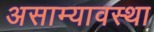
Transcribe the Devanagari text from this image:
असाम्यावस्था